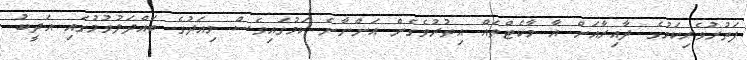
ފަތުރުވެރިކަމުގެ ދާއިރާއަށް އާ މާކެޓްތައް އިތުރުވެގެން އަންނާނެ ކަމުގައިވެސް މިއަދުގެ ބައްދަލުވުމުގައި އަދީބު